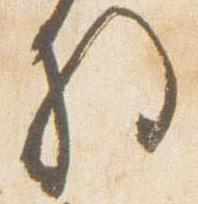
将